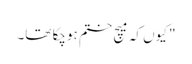
" کیوں کہ میچ ختم ہوچکا تھا۔